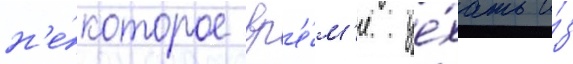
н'е́которое вр'е́м'я уе́хать и́з